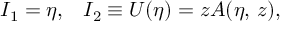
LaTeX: I _ { 1 } = \eta , \; \; \; I _ { 2 } \equiv U ( \eta ) = z A ( \eta , \, z ) ,